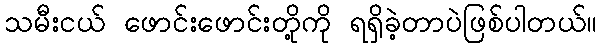
သမီးငယ် ဖောင်းဖောင်းတို့ကို ရရှိခဲ့တာပဲဖြစ်ပါတယ်။